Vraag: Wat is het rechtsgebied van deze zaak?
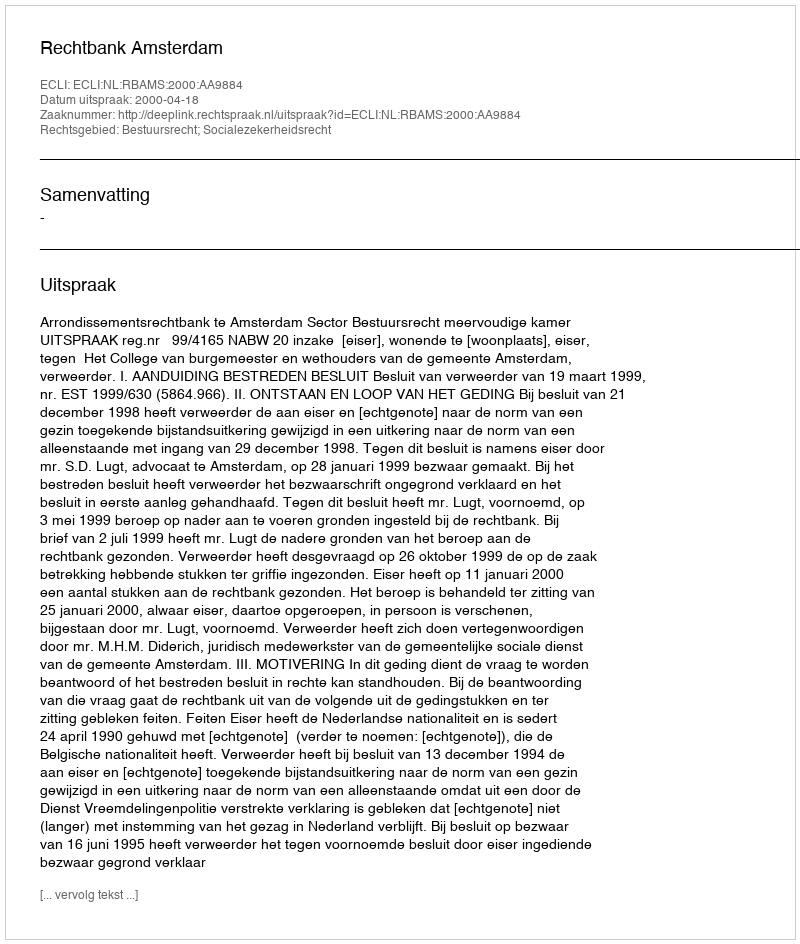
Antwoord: Bestuursrecht; Socialezekerheidsrecht